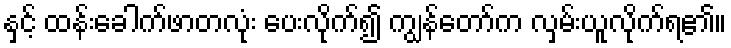
နှင့် ထန်းခေါက်ဖာတလုံး ပေးလိုက်၍ ကျွန်တော်က လှမ်းယူလိုက်ရ၏။